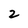
Character: 2